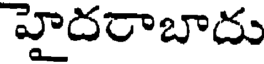
హైదరాబాదు